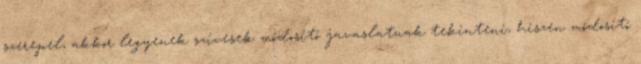
szerepel, akkor legyenek szívesek módosító javaslatnak tekinteni, hiszen módosító